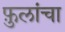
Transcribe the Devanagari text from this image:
फ़ुलांचा